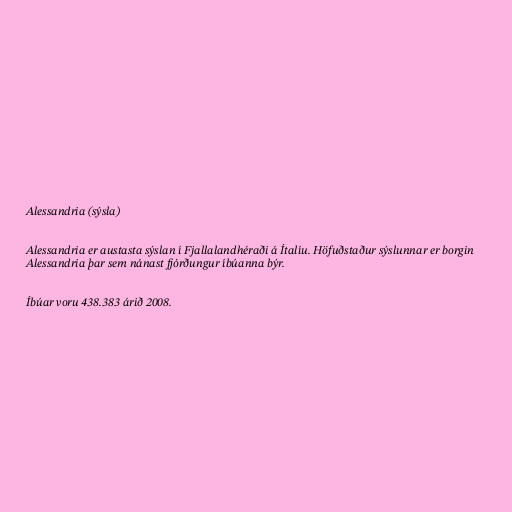
Alessandria (sýsla)

Alessandria er austasta sýslan í Fjallalandhéraði á Ítalíu. Höfuðstaður sýslunnar er borgin
Alessandria þar sem nánast fjórðungur íbúanna býr.

Íbúar voru 438.383 árið 2008.